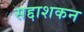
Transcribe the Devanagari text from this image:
सद्दाशकन